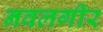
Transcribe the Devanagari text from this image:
नवलगीर